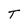
Character: T